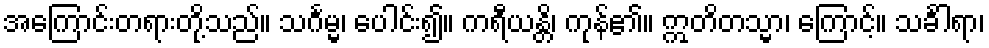
အကြောင်းတရားတို့သည်။ သင်္ဂမ္မ၊ ပေါင်း၍။ ကရီယန္တိ၊ ကုန်၏။ ဣတိတသ္မာ၊ ကြောင့်။ သင်္ခါရာ၊